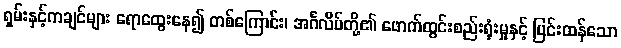
ရှမ်းနှင့်ကချင်များ ရောထွေးနေ၍ တစ်ကြောင်း၊ အင်္ဂလိပ်တို့၏ ဖောက်ထွင်းစည်းရုံးမှုနှင့် ပြင်းထန်သော